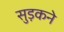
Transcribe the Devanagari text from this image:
सुड़कने